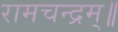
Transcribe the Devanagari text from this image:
रामचन्द्रम्॥